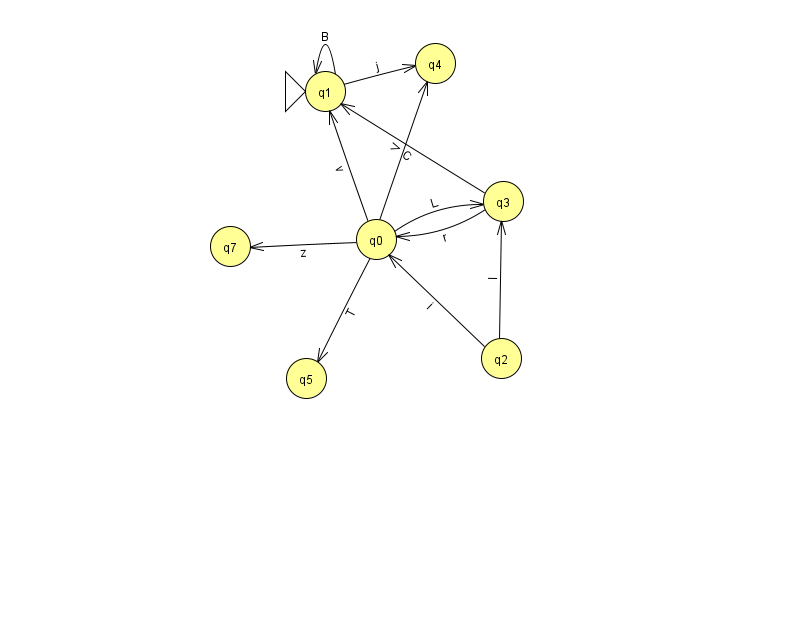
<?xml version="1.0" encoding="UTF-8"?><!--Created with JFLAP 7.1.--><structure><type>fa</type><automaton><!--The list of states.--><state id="0" name="q0"><x>376.0</x><y>226.0</y></state><state id="1" name="q1"><x>325.0</x><y>78.0</y><initial/></state><state id="2" name="q2"><x>501.0</x><y>345.0</y></state><state id="3" name="q3"><x>503.0</x><y>188.0</y></state><state id="4" name="q4"><x>435.0</x><y>50.0</y></state><state id="5" name="q5"><x>306.0</x><y>365.0</y></state><state id="7" name="q7"><x>230.0</x><y>233.0</y></state><!--The list of transitions.--><transition><from>0</from><to>1</to><read>v</read></transition><transition><from>1</from><to>1</to><read>B</read></transition><transition><from>3</from><to>1</to><read>C</read></transition><transition><from>0</from><to>5</to><read>T</read></transition><transition><from>1</from><to>4</to><read>j</read></transition><transition><from>3</from><to>0</to><read>r</read></transition><transition><from>0</from><to>3</to><read>L</read></transition><transition><from>0</from><to>7</to><read>z</read></transition><transition><from>2</from><to>0</to><read>i</read></transition><transition><from>0</from><to>4</to><read>V</read></transition><transition><from>2</from><to>3</to><read>I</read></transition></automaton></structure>